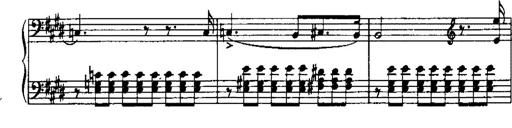
Title: LiebestrÃ¤ume
Composer: Franz Behr
Key: E-flat major